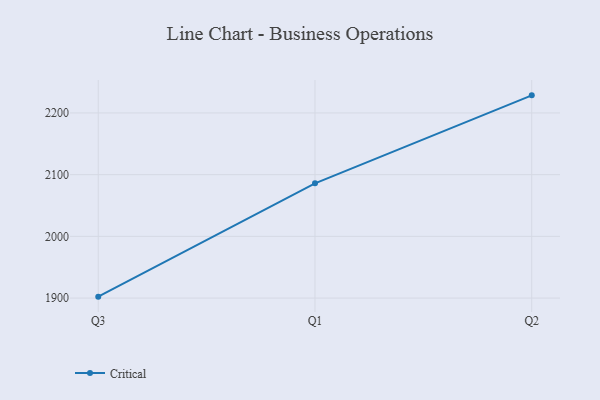
{"axis": {"x": "Quarter", "y": "Market Share (%)"}, "legend": ["Critical"], "data": [{"x": "Q3", "y": 1902.3, "type": "Critical"}, {"x": "Q1", "y": 2086.0, "type": "Critical"}, {"x": "Q2", "y": 2228.5, "type": "Critical"}]}